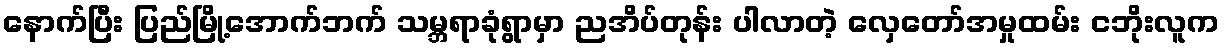
နောက်ပြီး ပြည်မြို့အောက်ဘက် သမ္ဘရာခုံရွာမှာ ညအိပ်တုန်း ပါလာတဲ့ လှေတော်အမှုထမ်း ငဘိုးလူက